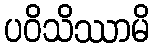
ပဝိသိဿာမိ